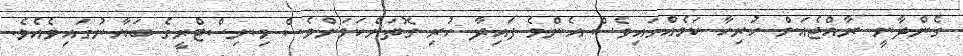
ގެންދާނީ ރާއްޖެއަށް ހުރިހާ ކަމެއްގައިވެސް އެންމެ ފައިދާ ހުރި ގޮތަށްކަމަށްވެސް މިނިސްޓްރީގެ ބަޔާނުގައިވެއެވެ.